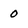
Character: 0